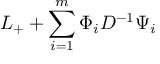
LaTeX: L _ { + } + \sum _ { i = 1 } ^ { m } \Phi _ { i } D ^ { - 1 } \Psi _ { i }